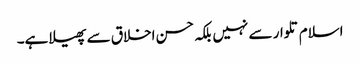
اسلام تلوار سے نہیں بلکہ حسن اخلاق سے پھیلا ہے۔